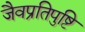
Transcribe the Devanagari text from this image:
जैवप्रतिपुष्टि